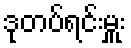
ဒုတပ်ရင်းမှူး